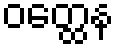
ဝတ္ထေန